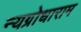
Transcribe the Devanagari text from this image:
न्यग्रोधाराम